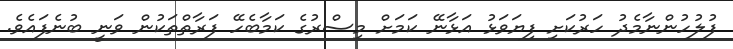
ފުލުހުންނާމެދު ހަރުކަށި ފިޔަވަޅު އަޅާނޭ ކަމަށް މިސްރުގެ ކަމާބެހޭ ފަރާތްތަކުން ވަނީ ބުނެފައެވެ.